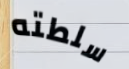
سلطته